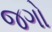
જગો